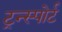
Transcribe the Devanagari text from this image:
ट्रन्स्पोर्ट